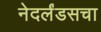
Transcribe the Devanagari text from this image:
नेदर्लंडसचा